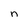
Character: n